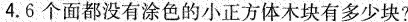
4.6个面都没有涂色的小正方体木块有多少块?